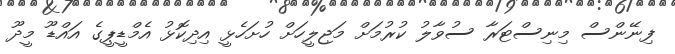
ފިނޭންސް މިނިސްޓަރާ ސުވާލު ކުރުމަށް މަޖިލީހަށް ހުށަހެޅީ އިދިކޮޅު އެމްޑީޕީގެ އައްޑޫ މީދޫ